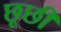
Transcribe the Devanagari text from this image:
छूछी